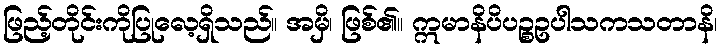
ဖြည့်တိုင်းကိုပြုလေ့ရှိသည်။ အမှိ၊ ဖြစ်၏။ ဣမာနိပိပဉ္စဥပါသကသတာနိ၊